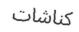
كناشات